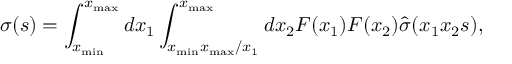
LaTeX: \displaystyle \sigma ( s ) = \int _ { x _ { \mathrm { m i n } } } ^ { x _ { \mathrm { m a x } } } d x _ { 1 } \int _ { x _ { \mathrm { m i n } } x _ { \mathrm { m a x } } / x _ { 1 } } ^ { x _ { \mathrm { m a x } } } d x _ { 2 } F ( x _ { 1 } ) F ( x _ { 2 } ) \hat { \sigma } ( x _ { 1 } x _ { 2 } s ) ,